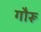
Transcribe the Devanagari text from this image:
गौरू